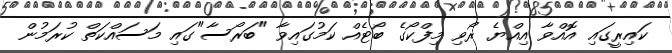
ކައިރީގައި އޮއްވާ އިއްޔެ ރޯވި މިފްކޯގެ ބޯޓެއް ކަމުގައިވާ "ބަރޯސާ"ގައި މަސައްކަތް ކުރަމުން